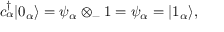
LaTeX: c _ { \alpha } ^ { \dagger } | 0 _ { \alpha } \rangle = \psi _ { \alpha } \otimes _ { - } 1 = \psi _ { \alpha } = | 1 _ { \alpha } \rangle ,